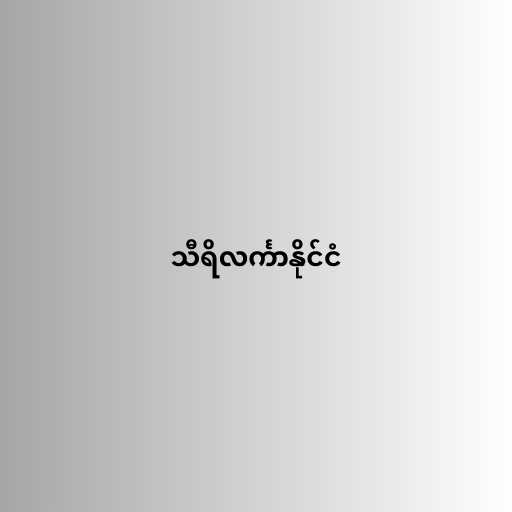
သီရိလင်္ကာနိုင်ငံ